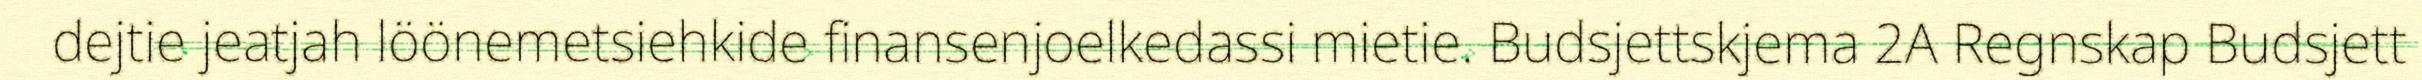
dejtie jeatjah löönemetsiehkide finansenjoelkedassi mietie. Budsjettskjema 2A Regnskap Budsjett